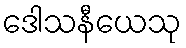
ဒေါသနီယေသု